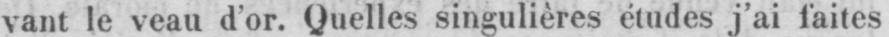
vant le veau d’or. Quelles singulières études j’ai faites